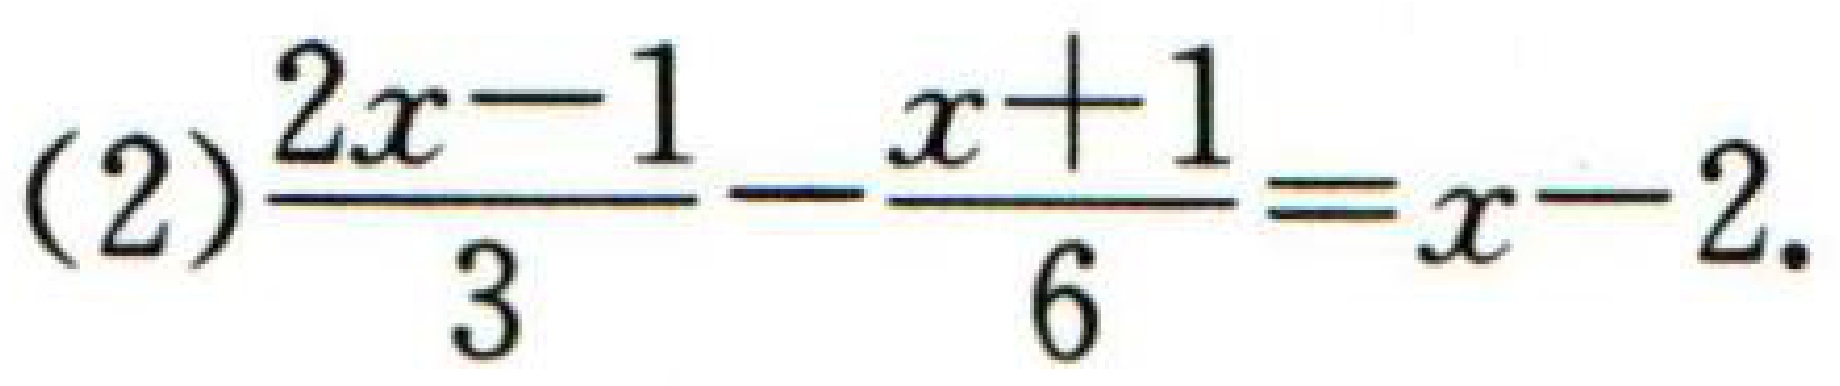
(2)$\frac{2x - 1}{3}-\frac{x + 1}{6}=x - 2$.